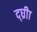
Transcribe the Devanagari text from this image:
द्घ्रीा